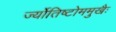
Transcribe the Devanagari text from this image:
र्ज्योतिष्टोममुखैः